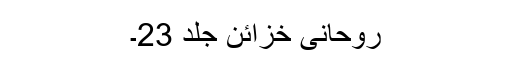
روحانی خزائن جلد 23۔